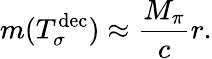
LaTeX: m(T_{\sigma}^{\mathrm{dec}})\approx\frac{M_{\pi}}{c}r.